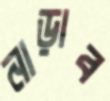
নাড়াব